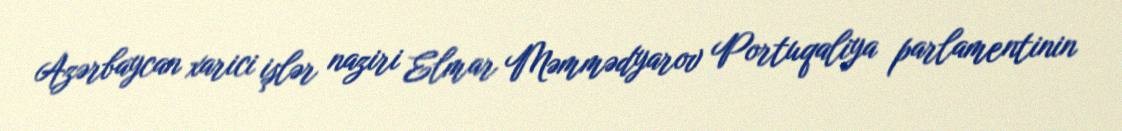
Azərbaycan xarici işlər naziri Elmar Məmmədyarov Portuqaliya parlamentinin